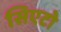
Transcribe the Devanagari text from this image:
सिएटो